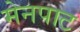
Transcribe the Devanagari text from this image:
मेनपाट